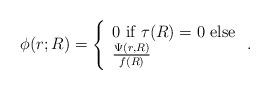
LaTeX: \begin{align*}&\phi(r;R)=\left\{\begin{array}{ll} 0\ \mbox{if}\ \tau (R)=0\ \mbox{else}\\\frac{\Psi(r,R)}{f(R)}\, \end{array}\right. .\end{align*}